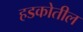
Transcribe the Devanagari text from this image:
हडकोतील